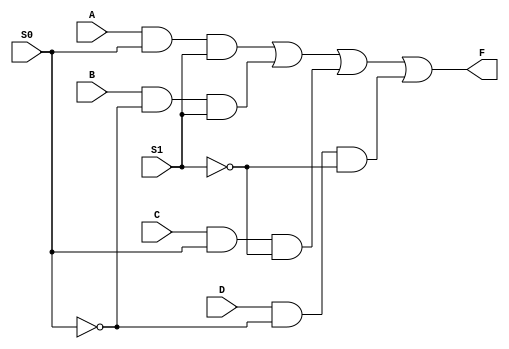
module mux4to1(A,B,C,D,S0,S1,F);
input A,B,C,D,S0,S1;
output F;
wire X0,X1;
assign X0 = ~S0,
       X1 = ~S1;
assign F = (A&S0&S1)|(B&X0&S1)|(C&S0&X1)|(D&X0&X1);
endmodule